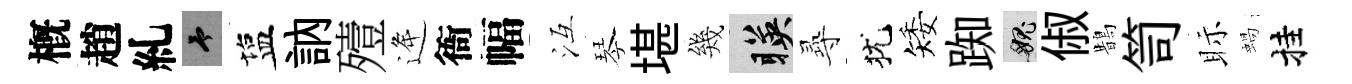
槪趙糺予塩訥殪逄衙幅冱琴堪幾暎𡬶犹矮踟愧俶鵲笥眎蝸挂